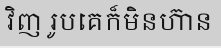
វិញ រូបគេក៏មិនហ៊ាន